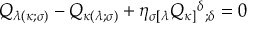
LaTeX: Q _ { \lambda ( \kappa ; \sigma ) } - Q _ { \kappa ( \lambda ; \sigma ) } + \eta _ { \sigma [ \lambda } Q _ { \kappa ] } { ^ \delta } _ { ; \delta } = 0